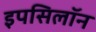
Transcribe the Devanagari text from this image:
इपसिलॉन